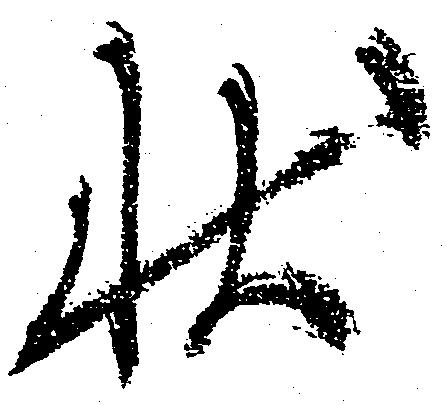
状